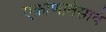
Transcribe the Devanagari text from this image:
एकोणतिसावं